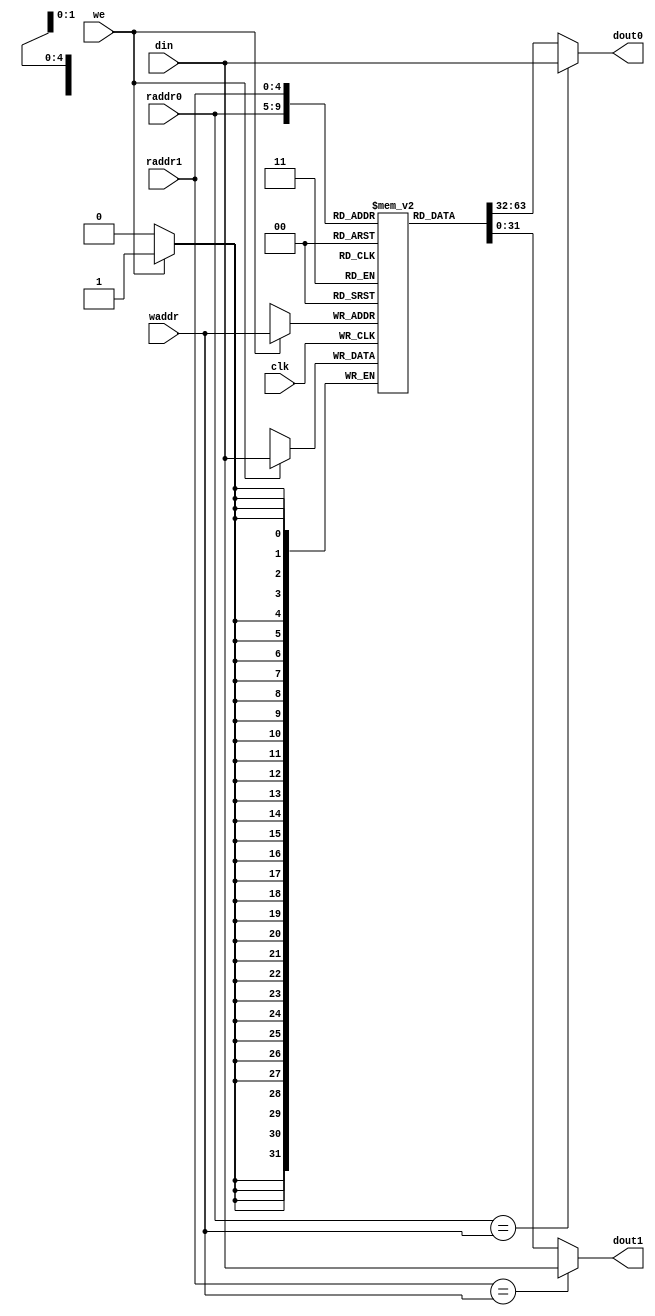
module register_file(
    input [4:0] raddr0, raddr1,
    input we,
    input [4:0] waddr,
    input [31:0] din,
    input clk,
    output [31:0] dout0,
    output [31:0] dout1
);

reg [31:0] mem [0:31];
wire [31:0] dout0_int, dout1_int;

always @(posedge clk) begin
   if (we)
       mem[waddr] <= din;
end

assign dout0 = (raddr0 == waddr) ? din : mem[raddr0];
assign dout1 = (raddr1 == waddr) ? din : mem[raddr1];

endmodule